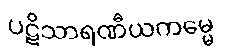
ပဋိသာရဏီယကမ္မေ